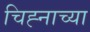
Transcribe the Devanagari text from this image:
चिह्नाच्या